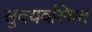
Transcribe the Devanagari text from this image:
सुवयवस्थित